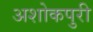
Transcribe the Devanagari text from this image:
अशोकपुरी